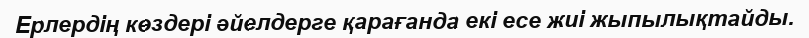
Ерлердің көздері әйелдерге қарағанда екі есе жиі жыпылықтайды.